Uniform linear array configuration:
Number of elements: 64
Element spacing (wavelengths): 0.75
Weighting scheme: exponential
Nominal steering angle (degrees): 0
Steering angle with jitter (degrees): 1.157
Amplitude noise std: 0.05
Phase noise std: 0.05

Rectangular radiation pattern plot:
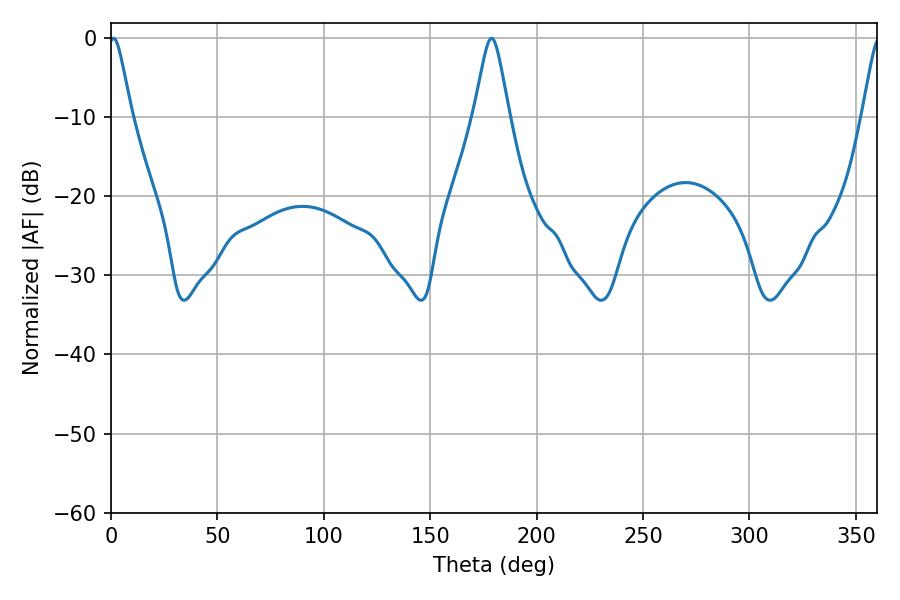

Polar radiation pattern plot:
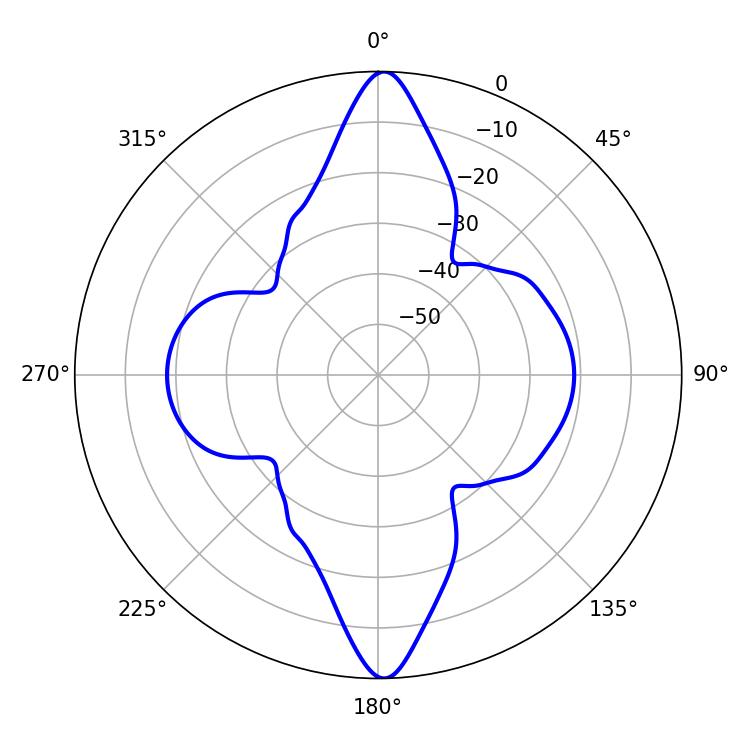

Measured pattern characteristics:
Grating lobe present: TRUE
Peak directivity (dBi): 26.541
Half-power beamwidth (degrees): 5.04
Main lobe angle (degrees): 1.08